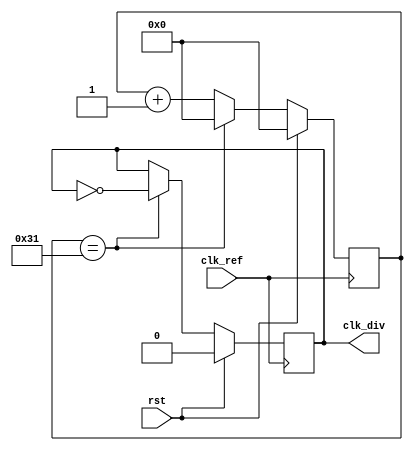
`timescale 1ns / 1ps

module freq_div_100(clk_ref, rst, clk_div);
    input clk_ref;
    input rst;
    output reg clk_div;

	reg [5:0] cnt;
	
	always @ (posedge clk_ref)
	begin
		if(rst) //async reset
		begin
			cnt <= 6'd0;
			clk_div <= 1'd0;
		end
		else
		begin
			if(cnt == 6'd49) //count 50 -> clk/2*50 -> divide 100 into clock
			begin
				cnt <= 6'd0;
				clk_div <= ~clk_div;
			end
			else
			begin
				cnt <= cnt + 1'b1;
			end
		end
	end

endmodule